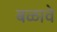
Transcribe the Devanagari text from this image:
बळावे